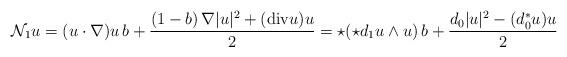
LaTeX: \begin{align*} {\mathcal N}_1 u = (u \cdot \nabla) u \,b + \frac{(1-b)\, \nabla |u|^2 + (\mathrm{div } u) u}{2} = \star (\star d_1 u \wedge u) \,b + \frac{d_0 |u|^2-(d_0^* u) u }{2} \end{align*}